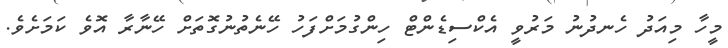
މީހާ މިއަދު ހެނދުނު މަރުވީ އެކްސިޑެންޓް ހިންގުމަށްފަހު ހޭނެތުނުގޮތަށް ހޭނާރާ އޮވެ ކަމަށެވެ.